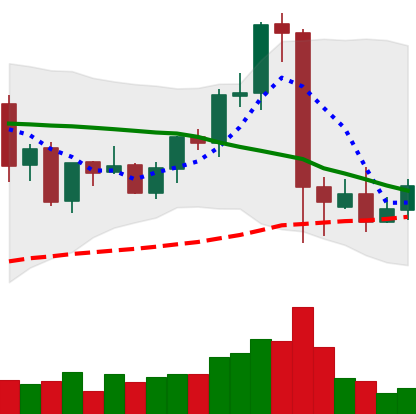
Ticker: EOS-USD
Chart end date: 2021-09-12
Forward return: 7.321%
Label: up_7plus